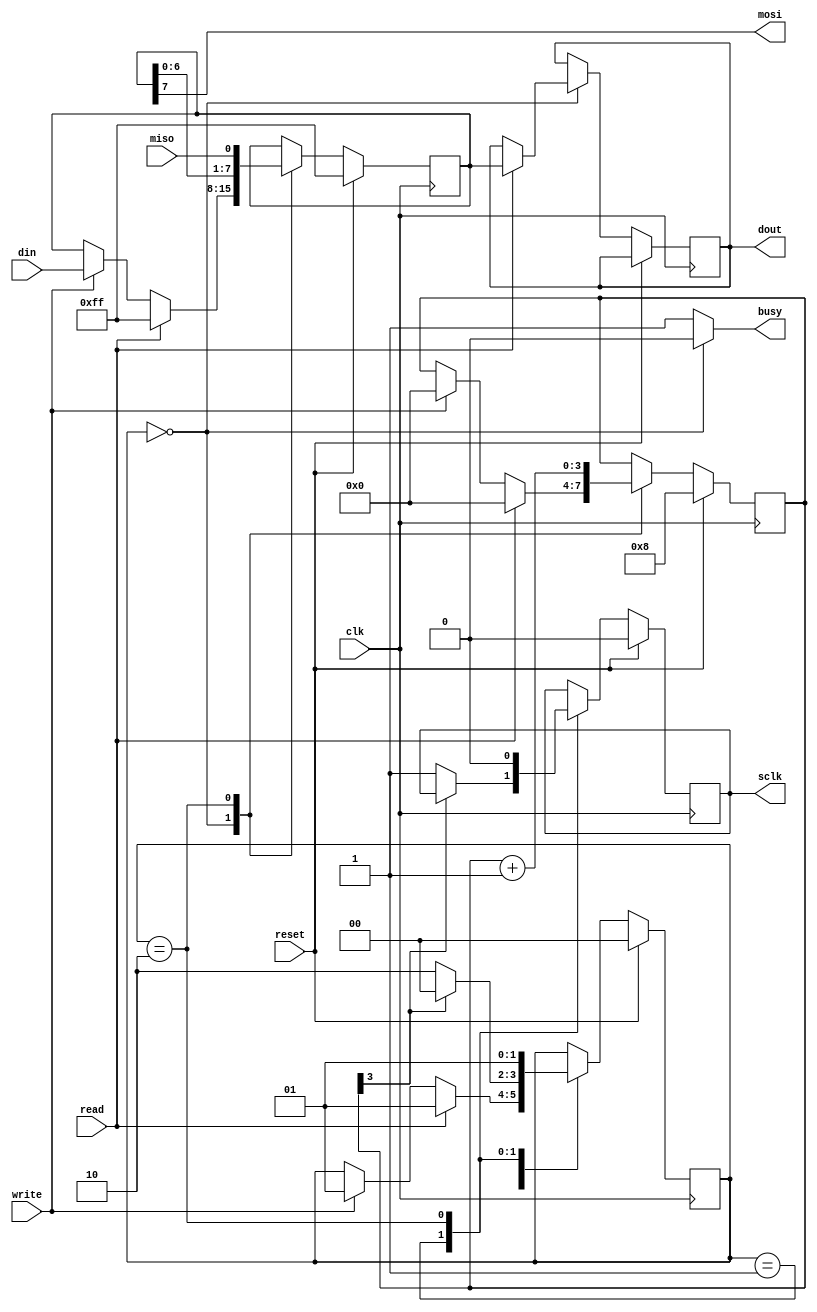
/*
 * This file is part of "SPI master core"
 * Copyright (c) 2018 Miguel Angel Rodriguez Jodar.
 * 
 * This program is free software: you can redistribute it and/or modify  
 * it under the terms of the GNU General Public License as published by  
 * the Free Software Foundation, version 3.
 *
 * This program is distributed in the hope that it will be useful, but 
 * WITHOUT ANY WARRANTY; without even the implied warranty of 
 * MERCHANTABILITY or FITNESS FOR A PARTICULAR PURPOSE. See the GNU 
 * General Public License for more details.
 *
 * You should have received a copy of the GNU General Public License 
 * along with this program. If not, see <http://www.gnu.org/licenses/>.
*/


`timescale 1us / 1us
`default_nettype none

module spi_master (
  // Host interface
  input wire clk,  // 2 veces la frecuencia de SCLK 
  input wire reset,
  input wire [7:0] din,
  output reg [7:0] dout,
  input wire read,
  input wire write,
  output reg busy,
  // SPI interface
  input wire miso,
  output reg mosi,
  output reg sclk
);
  
  localparam  
    REPOSO  = 2'd0,
    TRANSF1 = 2'd1,
    TRANSF2 = 2'd2;
    
  reg [7:0] regspi = 8'hFF;    // registro de 8 bits de desplazamiento, SPI
  reg [1:0] estado = REPOSO;   // estado del autmata
  reg [3:0] cntbits = 4'b1000; // contador de 0 a 8 para saber por cul bit vamos
  
  always @(posedge clk) begin
    if (reset == 1'b1) begin   // el reset nos deja en el estado de reposo
      regspi <= 8'hFF;
      estado <= REPOSO;
      cntbits <= 4'b1000;
      sclk <= 1'b0;
    end
    else begin
      case (estado)
        REPOSO:                // en este estado esperamos un pulso de lectura o escritura
          begin
            if (read == 1'b1) begin  // si se recibe pulso de lectura...
              estado <= TRANSF1;
              dout <= regspi;  // copiamos al bus de datos lo que hubiera en el reg. SPI
              regspi <= 8'hFF; // metemos 11111111 en dicho registro SPI
              cntbits <= 4'b0000; // y comenzamos la cuenta progresiva para enviar estos ocho "1"s
            end
            else if (write == 1'b1) begin  // si se recibe pulso de escritura...
              estado <= TRANSF1;
              regspi <= din;   // metemos en el registro SPI el dato que queremos enviar
              cntbits <= 4'b0000; // y comenzamos la cuenta progresiva para enviar estos 8 bits
            end
          end
        TRANSF1:  // en este estado pasamos de 0 a 1 en SCLK
          begin
            if (cntbits[3] == 1'b0) begin  // hemos enviado 8 bits? Si es que no...
              sclk <= 1'b1;            // ponemos el reloj SPI a 1 
              estado <= TRANSF2;       // y vamos al estado siguiente
            end
            else
              estado <= REPOSO;        // si es que si, volvemos al estado de reposo
          end
        TRANSF2:  // en este estado pasamos de 1 a 0 en SCLK y desplazamos el registro SPI
          begin
            sclk <= 1'b0;                  // ponemos el reloj SPI a 0
            regspi <= {regspi[6:0], miso}; // desplazamos a la izquierda el registro SPI
            cntbits <= cntbits + 4'd1;     // incrementamos la cuenta de bits transmitidos
            estado <= TRANSF1;             // y volvemos de nuevo a TRANSF1
          end
      endcase
    end
  end
  
  always @* begin
    if (estado == REPOSO)   // si no estoy en reposo, es que estoy ocupado
      busy = 1'b0;
    else
      busy = 1'b1;
    mosi = regspi[7];  // MOSI es siempre el bit 7 del registro SPI
  end
endmodule


// This module is basically for testing the master core in simulation, but it may be usefull in a real environment, so you
// can have to CPLD/FPGAs communication to each other using the SPI protocol.
module spi_slave (
  // SPI interface
  input wire sclk,
  input wire mosi,
  output reg miso,
  // Host interface
  input wire [7:0] din,
  output reg [7:0] dout,
  input wire write
);
  
  reg [7:0] regspi = 8'hFF;    // registro de 8 bits de desplazamiento, SPI
  
  always @(negedge sclk) begin
    if (write == 1'b1)
      regspi <= din;
    else
      regspi <= {regspi[6:0], mosi};
  end
  
  always @* begin
    dout = regspi;
    miso = regspi[7];
  end
endmodule

`default_nettype wire